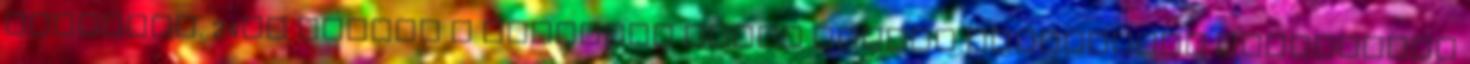
történik. 24hu vissza a címlapra Heath Ledger tinifilmes amorózóból